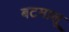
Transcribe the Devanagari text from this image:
बटमालू